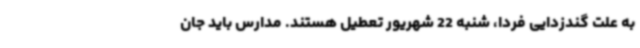
به علت گندزدایی فردا، شنبه 22 شهریور تعطیل هستند. مدارس باید جان